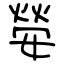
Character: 嫈